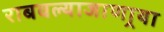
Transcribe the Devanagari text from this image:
राबवल्याजाणार्‍या